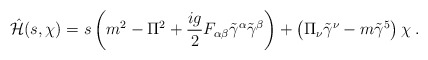
\begin{align*}\hat{{\cal H}}(s,\chi)=s \left(m^2 - \Pi^2 +\frac{ig}{2}F_{\alpha\beta} \tilde{ \gamma}^\alpha\tilde{\gamma}^\beta\right) + \left(\Pi_\nu\tilde{\gamma}^\nu - m \tilde{\gamma}^5 \right)\chi\; .\end{align*}